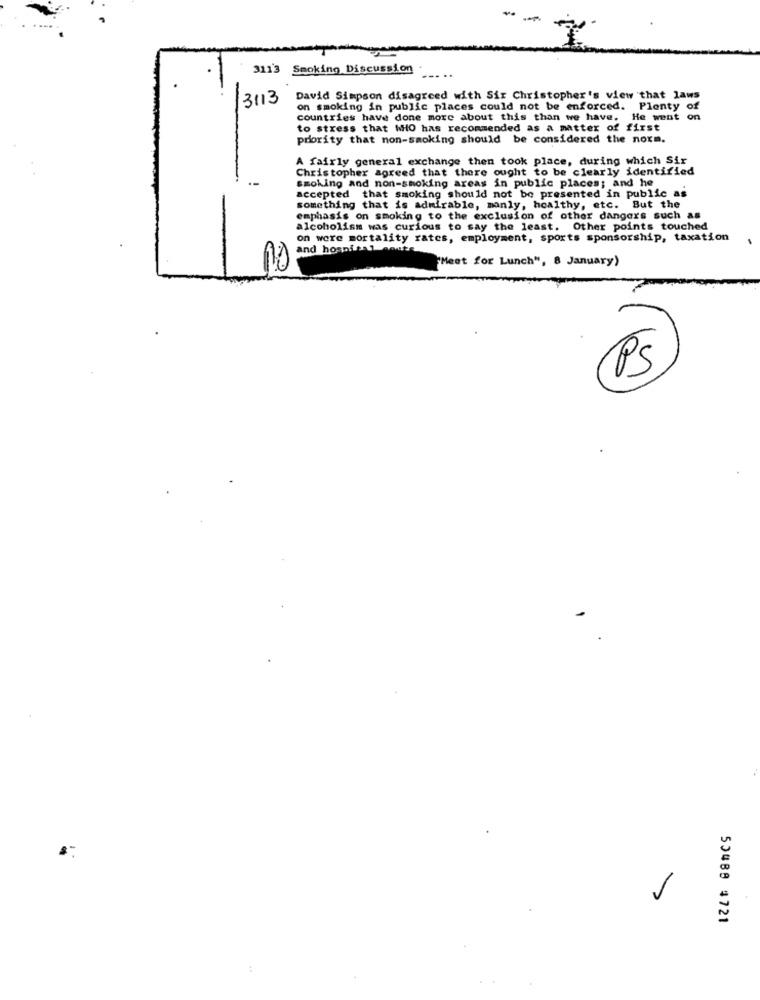
-
3 Smoking Discussion
.. ..
3113
David Simpson disagreed with Sir Christopher's view that laws
on smoking in public places could not be enforced. Plenty of
countries have done more about this than we have. He went on
to stress that WHO has recommended as a matter of first
priority that non-smoking should be considered the norm.
A fairly general exchange then took place, during which Sir
Christopher agreed that there ought to be clearly identified
smoking and non-smoking areas in public places; and he
accepted that smoking should not be presented in public as
something that is admirable, manly, healthy, etc. But the
emphasis on smoking to the exclusion of other dangers such as
alcoholism was curious to say the least. Other points touched
on were mortality rates, employment, sports sponsorship, taxation
and hospital mouse
Meet for Lunch", 8 January)
PS
50489 4721
..